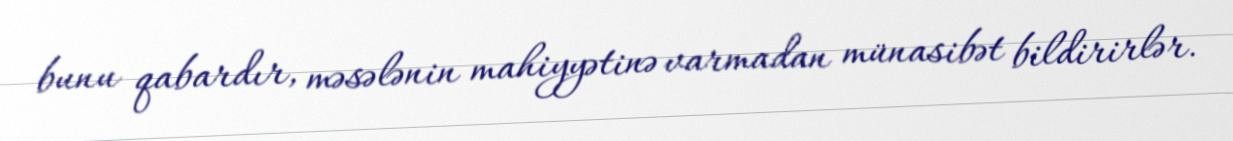
bunu qabardır, məsələnin mahiyyətinə varmadan münasibət bildirirlər.